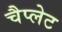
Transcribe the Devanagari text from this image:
चैप्लेट